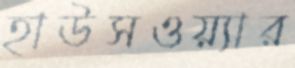
হাউসওয়্যার